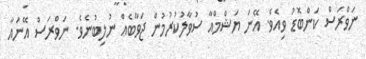
ނަވްރަސް ކަންބޮޑު ވިއެވެ. އޭނަ ޔަޝްމްއާ ސުވާލުކުރުމުން ޖަވާބެއް ނުލިބުނެވެ. ނަވްރަސް އޭނައާ